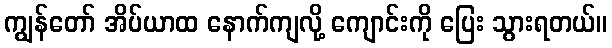
ကျွန်တော် အိပ်ယာထ နောက်ကျလို့ ကျောင်းကို ပြေး သွားရတယ်။